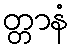
တ္တာနံ